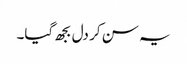
یہ سن کر دل بجھ گیا۔